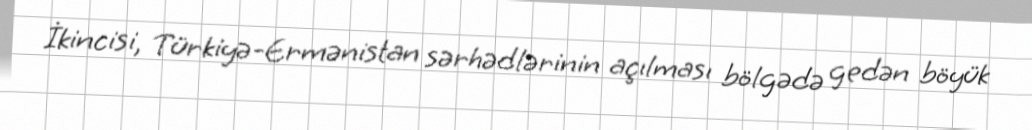
İkincisi, Türkiyə-Ermənistan sərhədlərinin açılması bölgədə gedən böyük